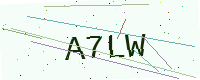
Text: A7LW